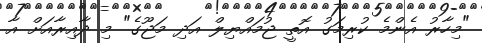
"މިހާރު އެންމެ ކުރިމަގު އޮތީ ޖުމައްޔިލް އަދި މަޖޫގެ" މި ދާއިރާއަށް އާ